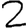
Digit: 2